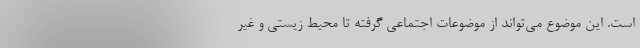
است. این موضوع می‌تواند از موضوعات اجتماعی گرفته تا محیط زیستی و غیر